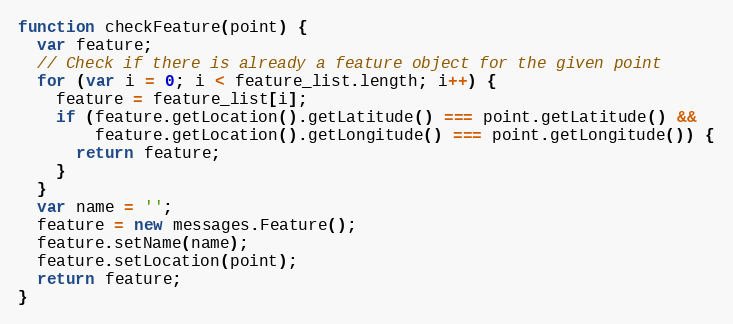
Language: JavaScript
function checkFeature(point) {
  var feature;
  // Check if there is already a feature object for the given point
  for (var i = 0; i < feature_list.length; i++) {
    feature = feature_list[i];
    if (feature.getLocation().getLatitude() === point.getLatitude() &&
        feature.getLocation().getLongitude() === point.getLongitude()) {
      return feature;
    }
  }
  var name = '';
  feature = new messages.Feature();
  feature.setName(name);
  feature.setLocation(point);
  return feature;
}